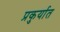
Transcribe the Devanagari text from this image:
प्रकुर्यात